Indian journal of veterinary science and animal husbandry - Volume 4,
Year: 1934
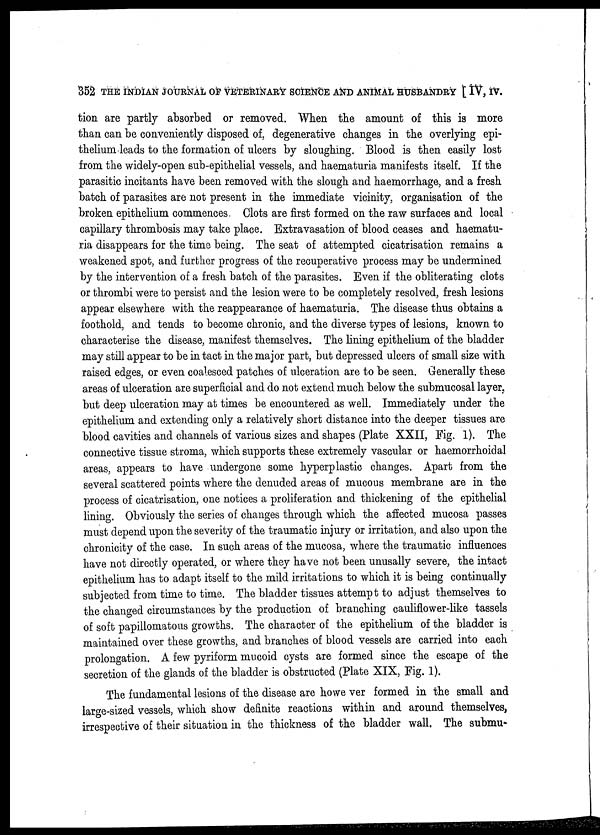
352 THE INDIAN JOURNAL OF VETERINARY SCIENCE AND ANIMAL HUSBANDRY [ IV, IV.
tion are partly absorbed or removed. When the amount of this is more
than can be conveniently disposed of, degenerative changes in the overlying epi-
thelium leads to the formation of ulcers by sloughing. Blood is then easily lost
from the widely-open sub-epithelial vessels, and haematuria manifests itself. If the
parasitic incitants have been removed with the slough and haemorrhage, and a fresh
batch of parasites are not present in the immediate vicinity, organisation of the
broken epithelium commences. Clots are first formed on the raw surfaces and local
capillary thrombosis may take place. Extravasation of blood ceases and haematu-
ria disappears for the time being. The seat of attempted cicatrisation remains a
weakened spot, and further progress of the recuperative process may be undermined
by the intervention of a fresh batch of the parasites. Even if the obliterating clots
or thrombi were to persist and the lesion were to be completely resolved, fresh lesions
appear elsewhere with the reappearance of haematuria. The disease thus obtains a
foothold, and tends to become chronic, and the diverse types of lesions, known to
characterise the disease, manifest themselves. The lining epithelium of the bladder
may still appear to be in tact in the major part, but depressed ulcers of small size with
raised edges, or even coalesced patches of ulceration are to be seen. Generally these
areas of ulceration are superficial and do not extend much below the submucosal layer,
but deep ulceration may at times be encountered as well. Immediately under the
epithelium and extending only a relatively short distance into the deeper tissues are
blood cavities and channels of various sizes and shapes (Plate XXII, Fig. 1). The
connective tissue stroma, which supports these extremely vascular or haemorrhoidal
areas, appears to have undergone some hyperplastic changes. Apart from the
several scattered points where the denuded areas of mucous membrane are in the
process of cicatrisation, one notices a proliferation and thickening of the epithelial
lining. Obviously the series of changes through which the affected mucosa passes
must depend upon the severity of the traumatic injury or irritation, and also upon the
chronicity of the case. In such areas of the mucosa, where the traumatic influences
have not directly operated, or where they have not been unusally severe, the intact
epithelium has to adapt itself to the mild irritations to which it is being continually
subjected from time to time. The bladder tissues attempt to adjust themselves to
the changed circumstances by the production of branching cauliflower-like tassels
of soft papillomatous growths. The character of the epithelium of the bladder is
maintained over these growths, and branches of blood vessels are carried into each
prolongation. A few pyriform mucoid cysts are formed since the escape of the
secretion of the glands of the bladder is obstructed (Plate XIX, Fig. 1).
The fundamental lesions of the disease are however formed in the small and
large-sized vessels, which show definite reactions within and around themselves,
irrespective of their situation in the thickness of the bladder wall. The submu-